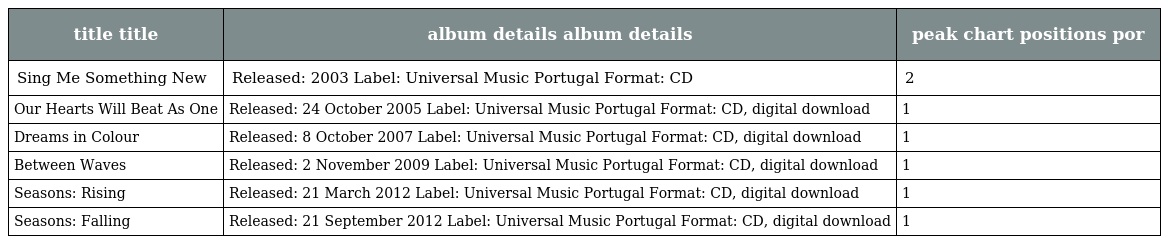
| title title | album details album details | peak chart positions por |
 | --- | --- | --- |
 | Sing Me Something New | Released: 2003 Label: Universal Music Portugal Format: CD | 2 |
 | Our Hearts Will Beat As One | Released: 24 October 2005 Label: Universal Music Portugal Format: CD, digital download | 1 |
 | Dreams in Colour | Released: 8 October 2007 Label: Universal Music Portugal Format: CD, digital download | 1 |
 | Between Waves | Released: 2 November 2009 Label: Universal Music Portugal Format: CD, digital download | 1 |
 | Seasons: Rising | Released: 21 March 2012 Label: Universal Music Portugal Format: CD, digital download | 1 |
 | Seasons: Falling | Released: 21 September 2012 Label: Universal Music Portugal Format: CD, digital download | 1 |